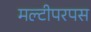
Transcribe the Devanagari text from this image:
मल्टीपरपस